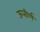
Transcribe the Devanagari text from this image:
ऊत्तीर्ण